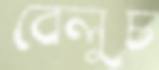
বেলুচ